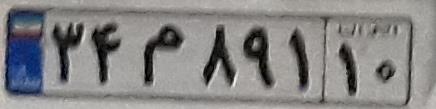
۳۴م۸۹۱۱۰